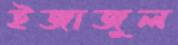
ইজাজুল